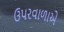
ઉપરવાળાએ